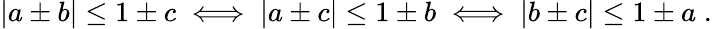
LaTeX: \begin{array}{r}{|a\pm b|\le 1\pm c\iff|a\pm c|\le 1\pm b\iff|b\pm c|\le 1\pm a\; .}\end{array}